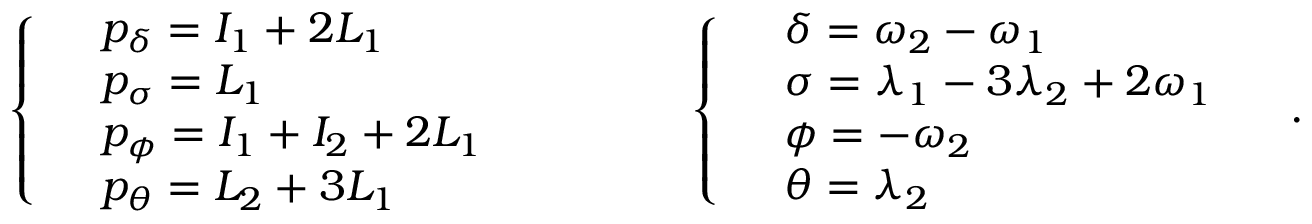
\left\{ \begin{array} { r l } & { p _ { \delta } = I _ { 1 } + 2 L _ { 1 } } \\ & { p _ { \sigma } = L _ { 1 } } \\ & { p _ { \phi } = I _ { 1 } + I _ { 2 } + 2 L _ { 1 } } \\ & { p _ { \theta } = L _ { 2 } + 3 L _ { 1 } } \end{array} \right. \qquad \qquad \left\{ \begin{array} { r l } & { \delta = \omega _ { 2 } - \omega _ { 1 } } \\ & { \sigma = \lambda _ { 1 } - 3 \lambda _ { 2 } + 2 \omega _ { 1 } } \\ & { \phi = - \omega _ { 2 } } \\ & { \theta = \lambda _ { 2 } } \end{array} \right. \quad .